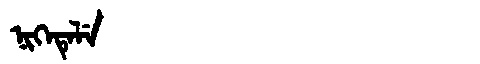
Manchu: ᠨᡳᡴᡝᡨᡝᠯᡝ
Romanization: NIKETELE